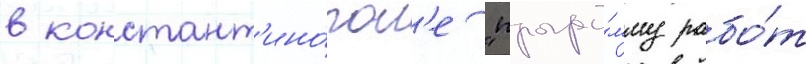
в констант'ино́пол'е "програ́мму рабо́т